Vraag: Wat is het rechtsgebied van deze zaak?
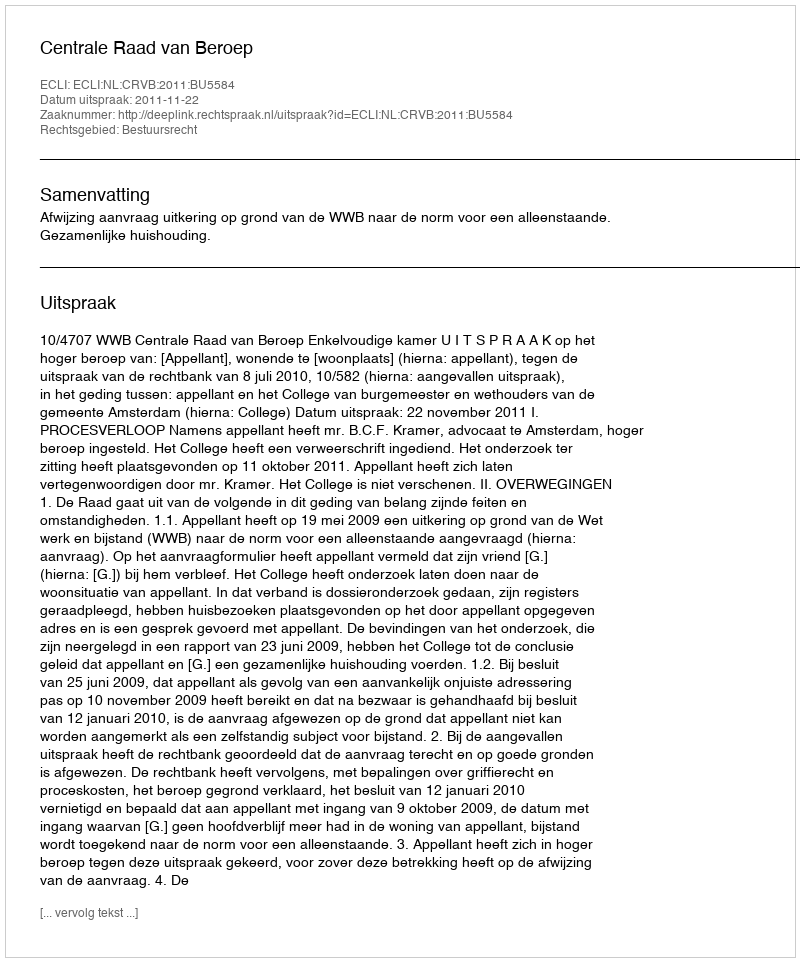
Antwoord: Bestuursrecht